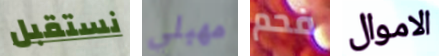
نستقبل مهبلي فحم الاموال